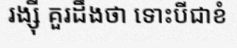
រង្ស៊ី គួរដឹងថា ទោះបីជាខំ